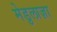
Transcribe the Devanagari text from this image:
मेडुलाज़ा